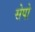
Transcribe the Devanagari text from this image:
सेपो